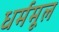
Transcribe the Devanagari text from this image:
धर्ममूल